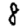
Digit: 8